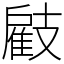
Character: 𢻠